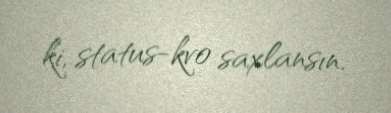
ki, status-kvo saxlansın.